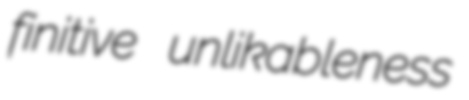
finitive unlikableness